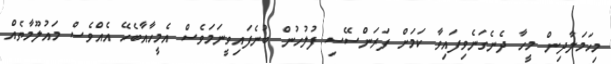
މިހަމަލާދިން މީހާ ދެނެގަނެވިފައިވާ ކަމަށް ފަރަންސޭސި ފުލުހުން ބުނެފައިވީނަމަވެސް އެމީހާއާބެހޭ އެއްވެސް މައުލޫމާތެއް